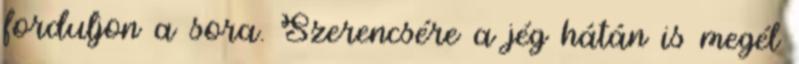
forduljon a sora. Szerencsére a jég hátán is megél